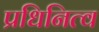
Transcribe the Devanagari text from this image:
प्रधिनित्व